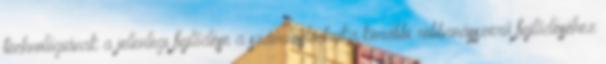
technológiának a jelenlegi fejlődése a számítástechnika korábbi robbanásszerű fejlődéséhez